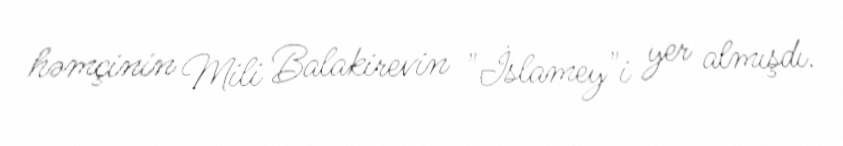
həmçinin Mili Balakirevin "İslamey"i yer almışdı.